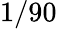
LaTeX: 1/90